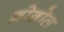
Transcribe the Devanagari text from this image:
ब्रोग़ोल